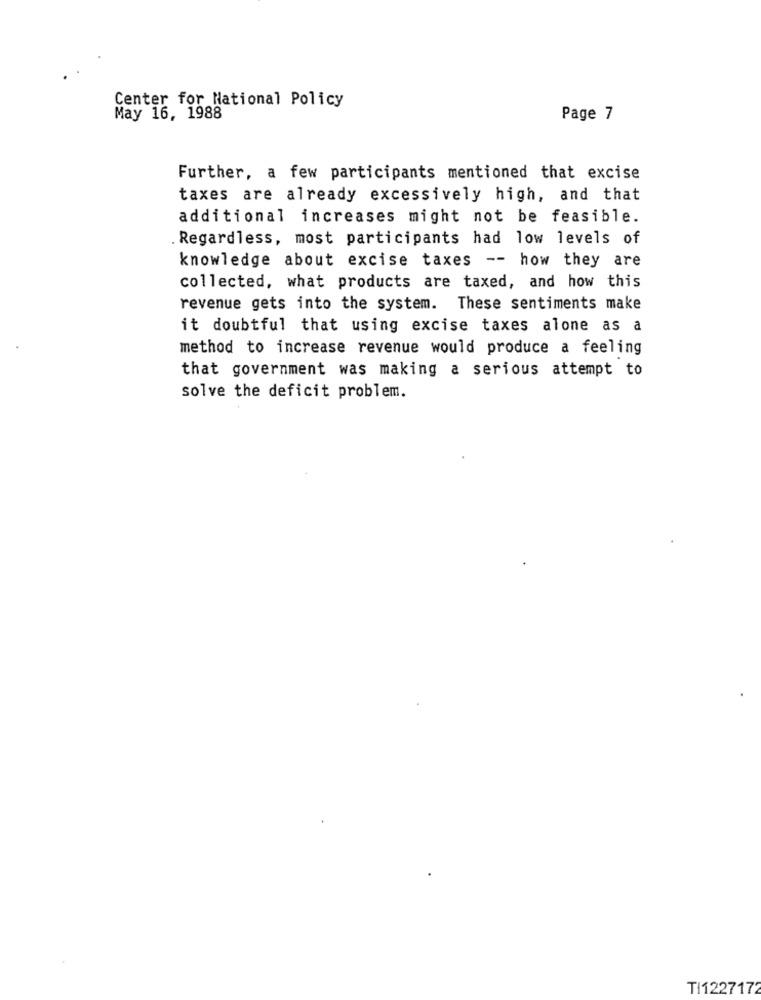
Center for National Policy
May 16, 1988
Page 7
Further, a few participants mentioned that excise
taxes are already excessively high, and that
additional increases might not be feasible.
Regardless, most participants had low levels of
knowledge about excise taxes -- how they are
collected, what products are taxed, and how this
revenue gets into the system. These sentiments make
it doubtful that using excise taxes alone as a
method to increase revenue would produce a feeling
that government was making a serious attempt to
solve the deficit problem.
TI1227172